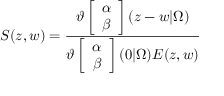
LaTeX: S ( z , w ) = \frac { \vartheta \left[ \begin{array} { c } { { \alpha } } \\ { { \beta } } \end{array} \right] ( z - w | \Omega ) } { \vartheta \left[ \begin{array} { c } { { \alpha } } \\ { { \beta } } \end{array} \right] ( 0 | \Omega ) E ( z , w ) }